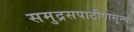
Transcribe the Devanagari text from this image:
समुद्रसपाटीपासून्ची